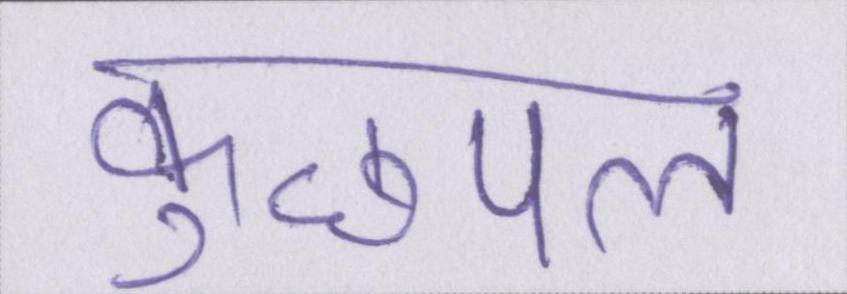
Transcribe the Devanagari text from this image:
कुछपल